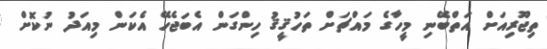
ތިޖޫރިއަށް އަތްބޭނި މީހާގެ މައްޗަށް ތަހުޤީޤު ހިންގަން އެބަޖެހޭ އެކަން މިއަދު ނުކޮށް